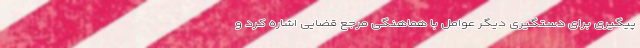
پیگیری برای دستگیری دیگر عوامل با هماهنگی مرجع قضایی اشاره کرد و